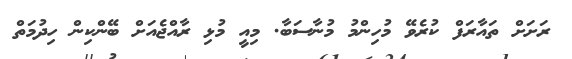
ރަށަށް ތައާރަފް ކުރެވޭ މުހިންމު މުނާސަބާ. މިއީ މުޅި ރާއްޖެއަށް ބޭންކިން ހިދުމަތް